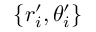
\{ r _ { i } ^ { \prime } , \theta _ { i } ^ { \prime } \}